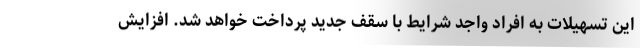
این تسهیلات به افراد واجد شرایط با سقف جدید پرداخت خواهد شد. افزایش